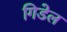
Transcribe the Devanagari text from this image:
गिडेल